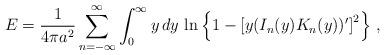
LaTeX: \begin{align*}E=\frac{1}{4\pi a^2}\sum_{n=-\infty}^{\infty}\int_0^\infty y\, dy \, \ln \left \{1-\left [ y(I_n(y)K_n(y))'\right ]^2\right\}\,,\end{align*}